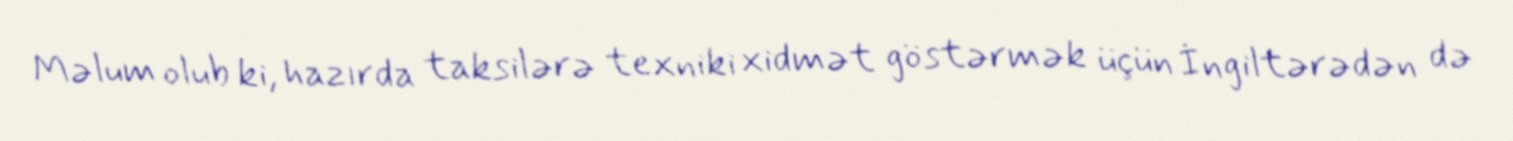
Məlum olub ki, hazırda taksilərə texniki xidmət göstərmək üçün İngiltərədən də